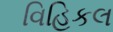
વિહિકલ